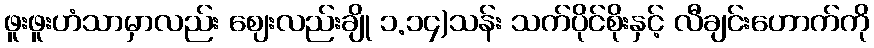
ဖူးဖူးဟံသာမှာလည်း ဈေးလည်းချို ၁.၁၄)သန်း သက်ပိုင်စိုးနှင့် လီချင်းဟောက်ကို